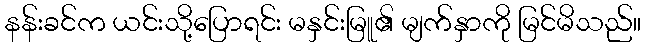
နန်းခင်က ယင်းသို့ပြောရင်း မနှင်းမြူ၏ မျက်နှာကို မြင်မိသည်။